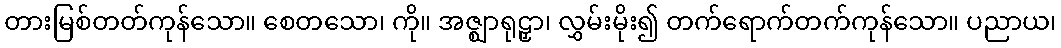
တားမြစ်တတ်ကုန်သော။ စေတသော၊ ကို။ အဇ္ဈာရုဠှာ၊ လွှမ်းမိုး၍ တက်ရောက်တက်ကုန်သော။ ပညာယ၊